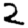
Digit: 2